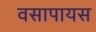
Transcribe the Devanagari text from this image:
वसापायस